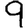
Digit: 9